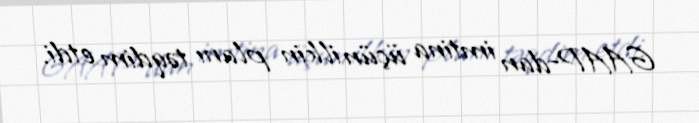
GAAP-dan imtina üçün ilkin planı təqdim etdi.